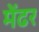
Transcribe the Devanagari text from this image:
मेंढर